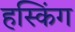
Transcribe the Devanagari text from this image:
हस्किंग